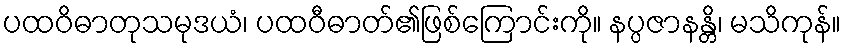
ပထဝိဓာတုသမုဒယံ၊ ပထဝီဓာတ်၏ဖြစ်ကြောင်းကို။ နပ္ပဇာနန္တိ၊ မသိကုန်။